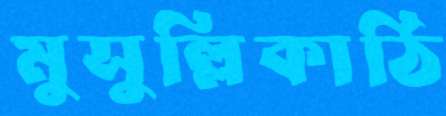
মুসুল্লিকাঠি